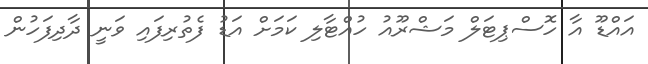
އައްޑޫ އާ ހޮސްޕިޓަލް މަޝްރޫއު ހުއްޓާލި ކަމަށް އަޑު ފެތުރިފައި ވަނީ ދާދިފަހުން